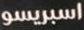
اسبريسو